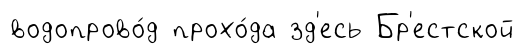
водопрово́д прохо́да зд'есь Бр'естской